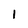
Character: 1